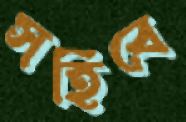
সহিবে